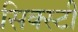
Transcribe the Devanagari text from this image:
सिक्स्टी